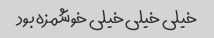
خیلی خیلی خیلی خوشمزه بود